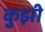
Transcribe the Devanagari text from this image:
कुझी